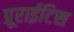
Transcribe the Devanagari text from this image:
प्रूराईटिस